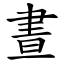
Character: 晝